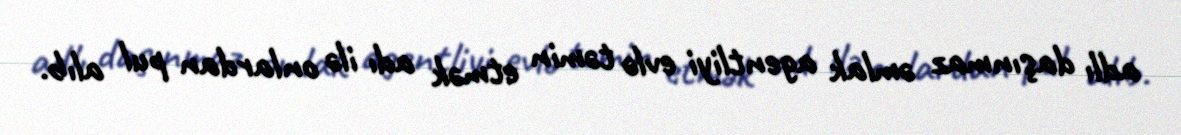
adlı daşınmaz əmlak agentliyi evlə təmin etmək adı ilə onlardan pul alıb.